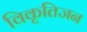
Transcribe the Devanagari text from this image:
विकृतिजन